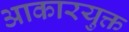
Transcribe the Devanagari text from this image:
आकारयुक्त